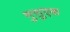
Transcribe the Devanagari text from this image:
मुत्तुएक